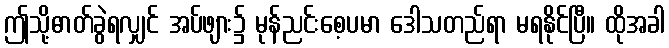
ဤသို့ဓာတ်ခွဲရလျှင် အပ်ဖျား၌ မုန်ညင်းစေ့ပမာ ဒေါသတည်ရာ မရနိုင်ပြီ။ ထိုအခါ